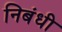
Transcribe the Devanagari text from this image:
निबंधी